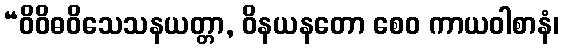
“ဝိဝိဓဝိသေသနယတ္တာ, ဝိနယနတော စေဝ ကာယဝါစာနံ၊